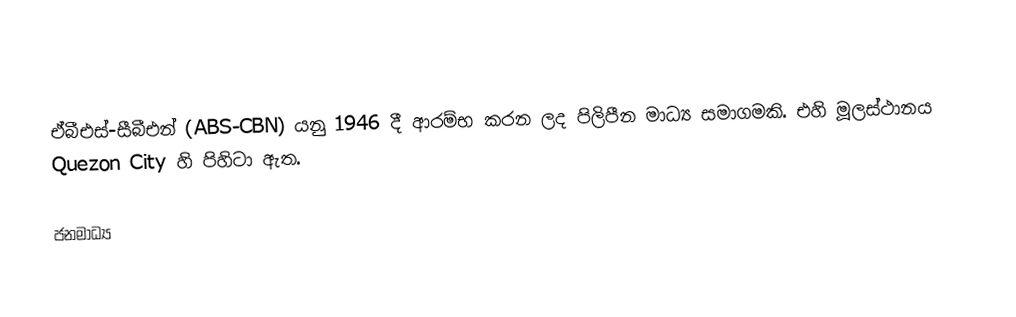
ඒබීඑස්-සීබීඑන් (ABS-CBN) යනු 1946 දී ආරම්භ කරන ලද පිලිපීන මාධ්‍ය සමාගමකි. එහි මූලස්ථානය Quezon City හි පිහිටා ඇත.

ජනමාධ්‍ය